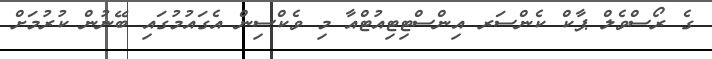
ގެ ރޯސްވެލް ޕާކް ކެންސަރ އިންސްޓިޓިއުޓްއާ މި ވެކްސިން އެގައުމުގައި ބޭނުން ކުރުމަށް